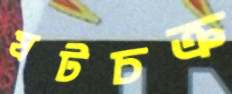
ষটচক্র